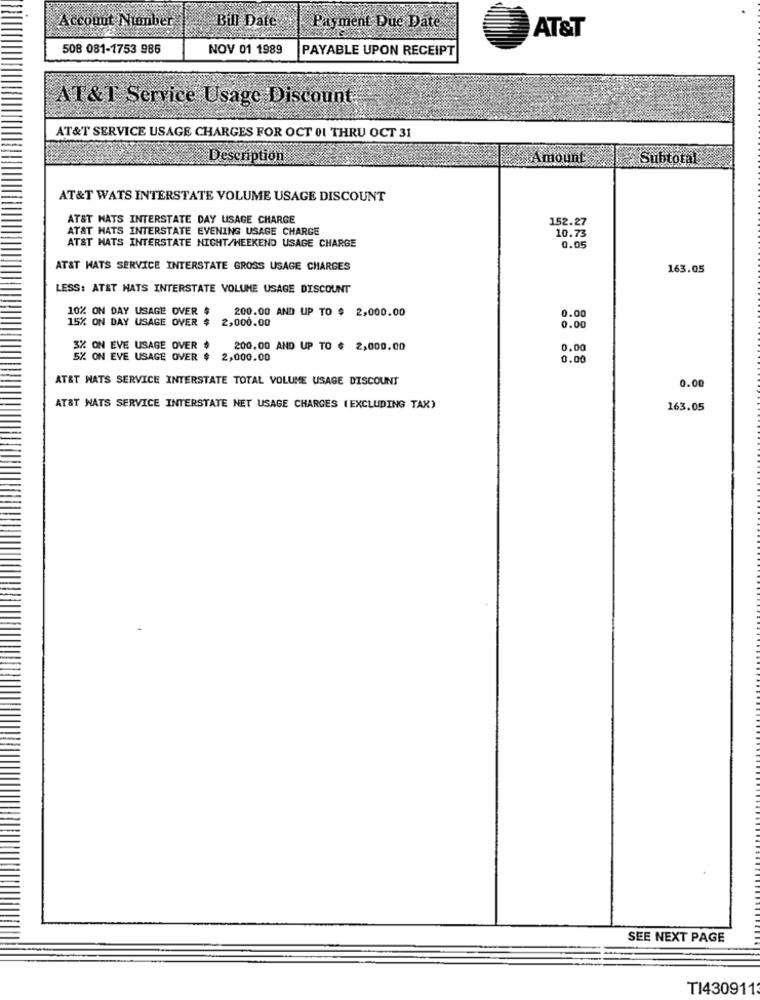
Account Number
Bill Date
Payment Due Date
AT&T
508 081-1753 986
NOV 01 1989
PAYABLE UPON RECEIPT
AT &T Service Usage Discount.
AT&T SERVICE USAGE CHARGES FOR OCT 01 THRU OCT 31
Description
Amount
Subtotal
AT&T WATS INTERSTATE VOLUME USAGE DISCOUNT
AT&T HATS INTERSTATE DAY LISAGE CHARGE
152.27
AT&T HATS INTERSTATE EVENING USAGE CHARGE
10.73
AT&T HATS INTERSTATE NICHT/WEEKEND USAGE CHARGE
0.05
AT&T HATS SERVICE INTERSTATE GROSS USAGE CHARGES
163.05
LESS: AT&T HATS INTERSTATE VOLUME USAGE DISCOUNT
10% ON DAY USAGE OVER $
200.00 AND UP TO $ 2,000.00
0.00
15% ON DAY USAGE OVER
2,000.00
0.00
3% ON EVE USAGE OVER
200.00 AND UP TO $ 2,000.00
0.00
5% ON EVE USAGE OVER $
2,000.00
0.00
AT&T NATS SERVICE INTERSTATE TOTAL VOLUME USAGE DISCOUNT
0.00
AT&T NATS SERVICE INTERSTATE NET USAGE CHARGES ( EXCLUDING TAX)
163.05
SEE NEXT PAGE
TI430911